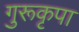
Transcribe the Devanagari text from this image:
गुरूकृपा